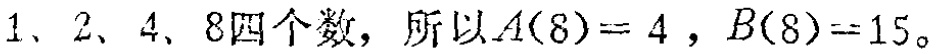
$1、2、4、8四个数，所以A(8)=4，B(8)=15。$